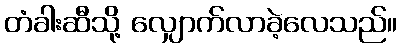
တံခါးဆီသို့ လျှောက်လာခဲ့လေသည်။